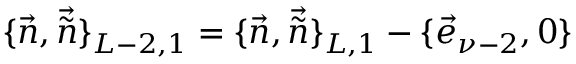
\{ \vec { n } , \vec { \tilde { n } } \} _ { L - 2 , 1 } = \{ \vec { n } , \vec { \tilde { n } } \} _ { L , 1 } - \{ \vec { e } _ { \nu - 2 } , 0 \}